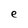
Character: e